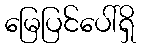
မြေပြင်ပေါ်ရှိ